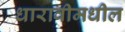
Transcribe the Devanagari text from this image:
धारावीमधील